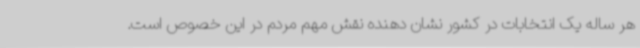
هر ساله یک انتخابات در کشور نشان دهنده نقش مهم مردم در این خصوص است.